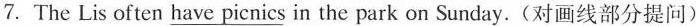
7. The Lis often have picnics in the park on Sunday.(对画线部分提问)